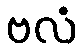
ဗလံ